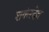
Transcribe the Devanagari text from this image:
शकंरदेव